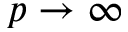
p \rightarrow \infty